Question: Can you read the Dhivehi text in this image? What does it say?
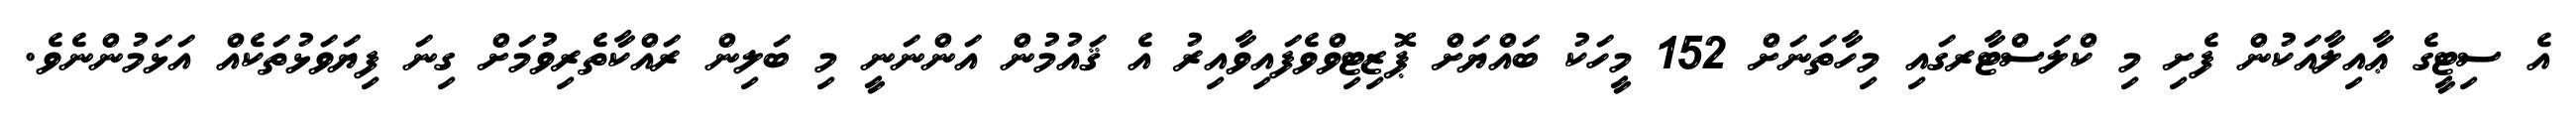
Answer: އެ ސިޓީގެ ޢާއިލާއަކުން ފެށި މި ކްލަސްޓާރގައި މިހާތަނަށް 152 މީހަކު ބައްޔަށް ޕޮޒިޓިވްވެފައިވާއިރު އެ ޤައުމުން އަންނަނީ މި ބަލިން ރައްކާތެރިވުމަށް ގިނަ ފިޔަވަޅުތަކެއް އަޅަމުންނެވެ.